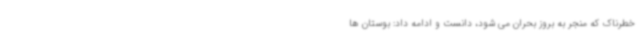
خطرناک که منجر به بروز بحران می شود، دانست و ادامه داد: بوستان ها